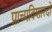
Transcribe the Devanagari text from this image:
प्राच्यविशारदों